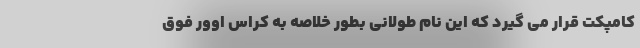
کامپکت قرار می گیرد که این نام طولانی بطور خلاصه به کراس اوور فوق